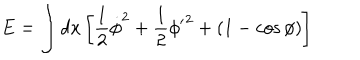
E = \int d x \left[ \frac { 1 } { 2 } \dot { \phi } ^ { 2 } + \frac { 1 } { 2 } { \phi ^ { \prime } } ^ { 2 } + ( 1 - \cos \phi ) \right]